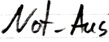
Text: Not-Aus